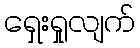
ရှေးရှုလျက်